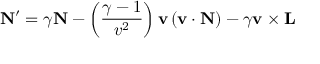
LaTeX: \mathbf { N } ^ { \prime } = \gamma \mathbf { N } - \left( { \frac { \gamma - 1 } { v ^ { 2 } } } \right) \mathbf { v } \left( \mathbf { v } \cdot \mathbf { N } \right) - \gamma \mathbf { v } \times \mathbf { L }